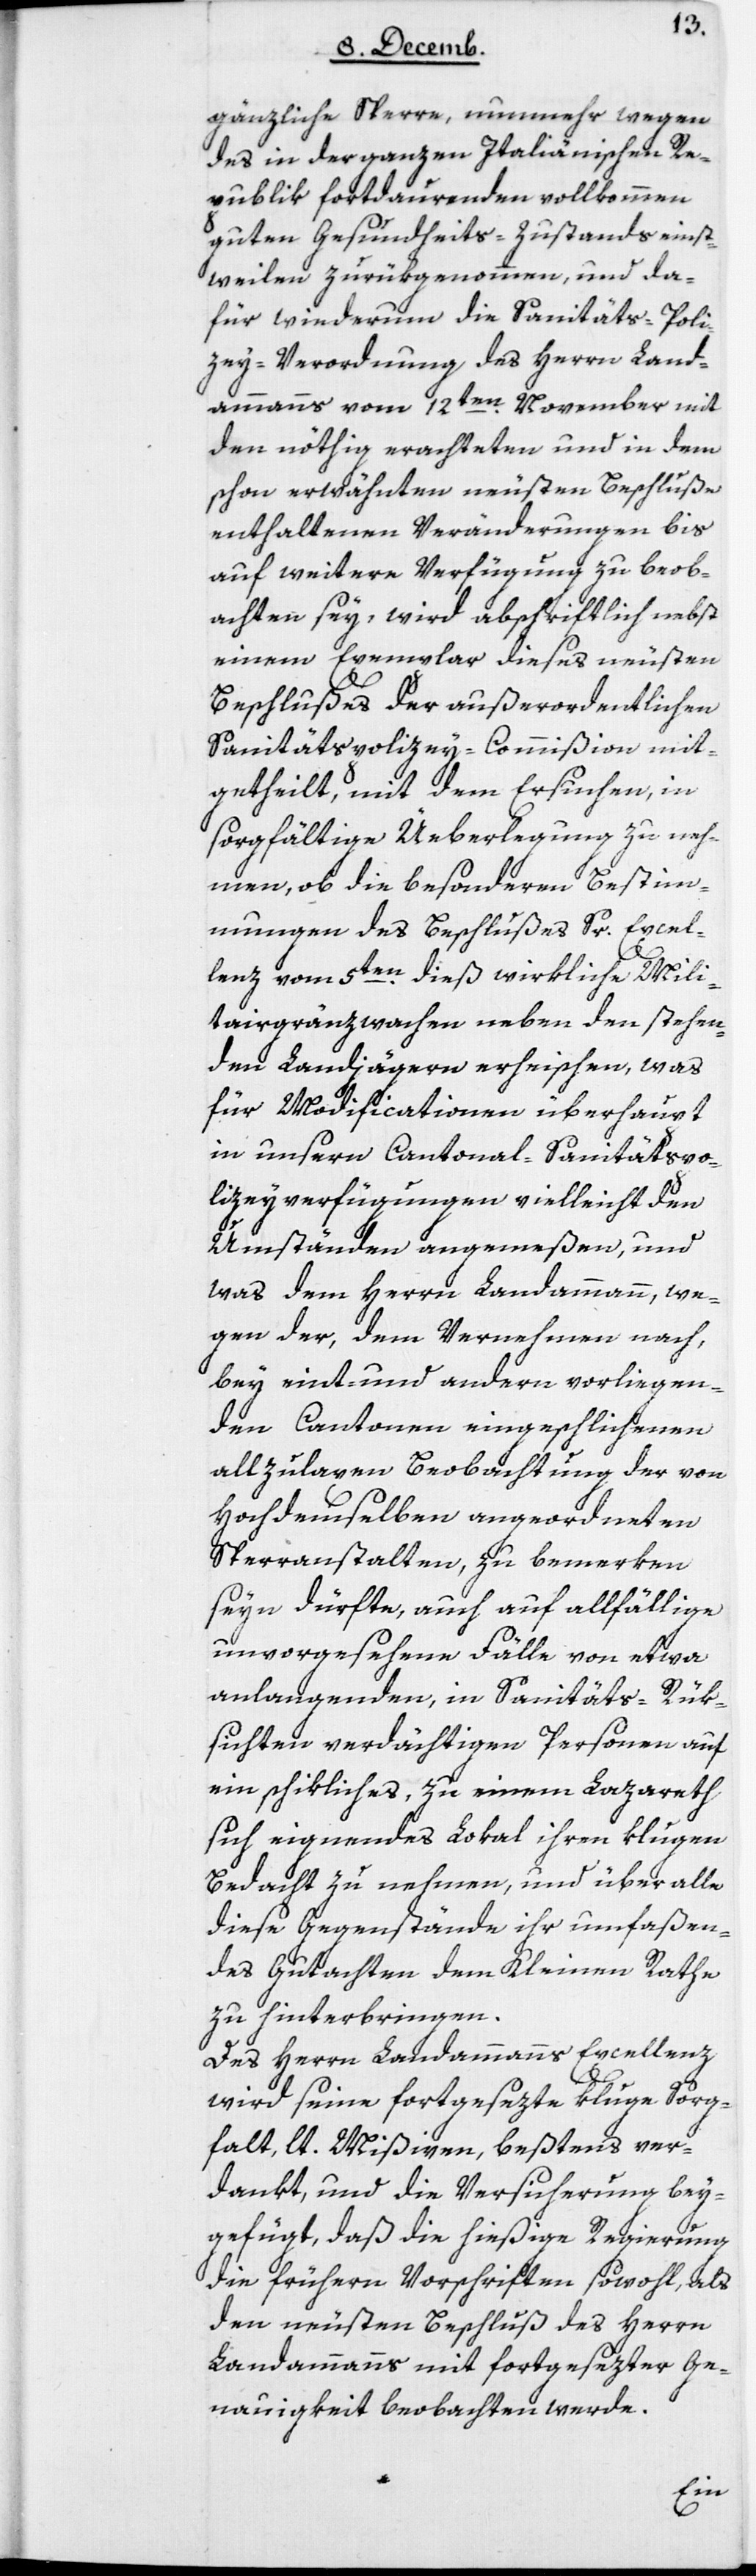
gänzliche Sperre, nunmehr wegen
des in der ganzen Italienischen Re¬
publik fortdauernden vollkommen
guten Gesundheits-Zustand einst¬
weilen zurükgenommen und da¬
für wiederum die Sanitäts-Poli¬
zey-Verordnung des Herrn Land¬
ammanns vom 12ten November mit
den nöthig erachteten und in dem
schon erwähnten neusten Beschluße
enthaltenen Veränderungen bis
auf weitere Verfügung zu beob¬
achten sey, wird abschriftlich nebst
einem Exemplar dieses neusten
Beschlußes der außerordentlichen
Sanitätspolizey-Commißion mit¬
getheilt, mit dem Ersuchen, in
sorgfältige Überlegung zu neh¬
men, ob die besondern Bestim¬
mungen des Beschlußes Sr. Excel¬
lenz vom 5ten dieß wirkliche Mili¬
targränzwachen neben den stehen¬
den Landjägern erheischen, was
für Modificationen überhaupt
in unsern Cantonal-Sanitätspo¬
lizeyverfügungen vielleicht den
Umständen angemeßen, und
was dem Herrn Landammann, we¬
gen der, dem Vernehmen nach,
bey eint und andern vorliegen¬
den Cantonen eingeschlichenen
allzulaxen Beobachtung der von
Hochdemselben angeordneten
Sperranstalten, zu bemerken
seyn dürfte, auch auf allfällige
unvorhergesehene Fälle von etwa
anlangenden, in Sanitäts-Rük¬
sichten verdächtigen Personen auf
ein schikliches, zu einem Lazaret
sich eignendes Lokal ihren klugen
Bedacht zu nehmen, und über alle
diese Gegenstände ihr umfaßen¬
des Gutachten dem kleinen Rathe
zu hinterbringen.
Des Herren Landammanns Excellenz
wird seine fortgesetzte kluge Sorg¬
falt, lt. Mißiven, bestens ver¬
dankt, und die Versicherung bey¬
gefügt, daß die hiesige Regierung
die frühern Vorschriften sowohl, als
den neusten Beschluß des Herrn
Landammanns mit fortgesetzter Ge¬
nauigkeit beobachten werde.